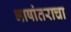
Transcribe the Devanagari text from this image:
भाषांतराचा